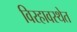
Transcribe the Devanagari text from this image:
विरहावस्थेत